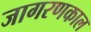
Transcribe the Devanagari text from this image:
जागरणकाल